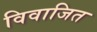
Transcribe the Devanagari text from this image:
विवाजित